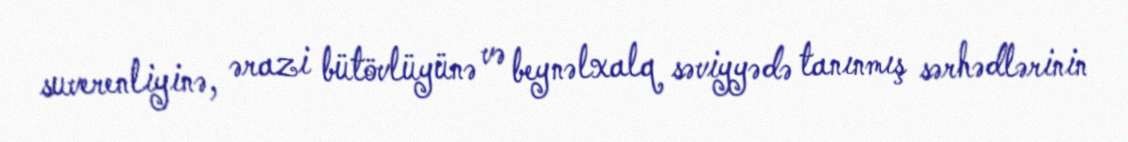
suverenliyinə, ərazi bütövlüyünə və beynəlxalq səviyyədə tanınmış sərhədlərinin